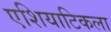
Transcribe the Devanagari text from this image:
एशियाटिकला